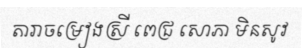
តារាចម្រៀងស្រី ពេជ្រ សោភា មិនសូវ